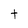
Character: t